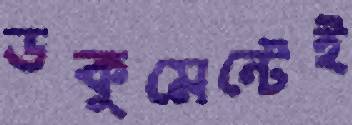
ডকুমেন্টেই